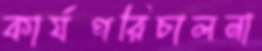
কার্যপরিচালনা